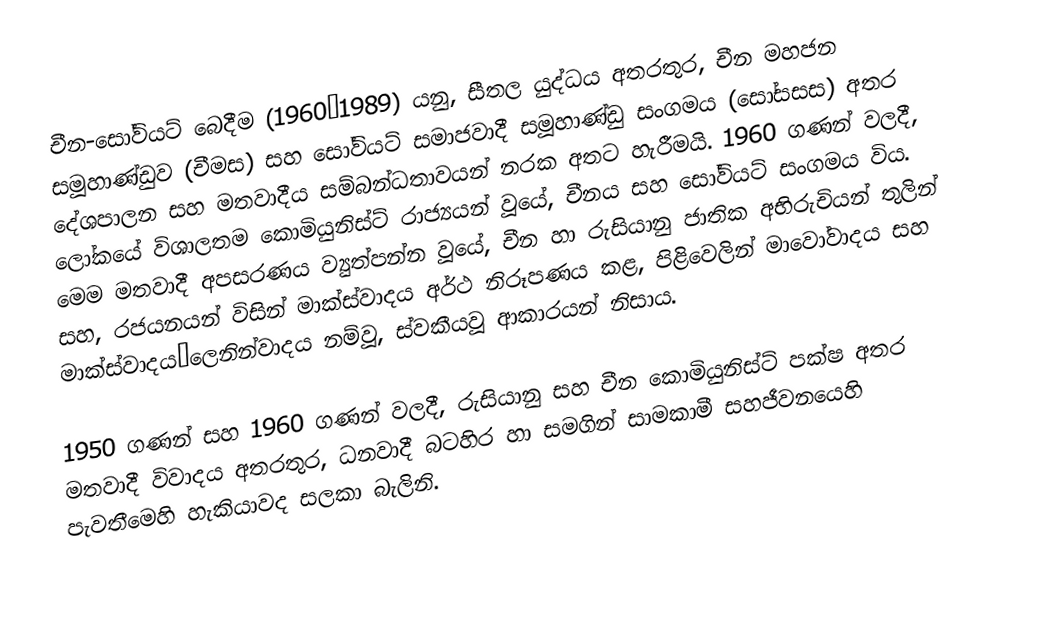
චීන-සෝවියට් බෙදීම (1960–1989) යනු, සීතල යුද්ධය අතරතුර, චීන මහජන සමූහාණ්ඩුව (චීමස) සහ  සෝවියට් සමාජවාදී සමූහාණ්ඩු සංගමය (සෝසසස) අතර දේශපාලන සහ මතවාදීය සම්බන්ධතාවයන් නරක අතට හැරීමයි. 1960 ගණන් වලදී, ලෝකයේ විශාලතම කොමියුනිස්ට් රාජ්‍යයන් වූයේ, චීනය සහ සෝවියට් සංගමය විය. මෙම මතවාදී අපසරණය  ව්‍යුත්පන්න වූයේ,  චීන හා රුසියානු  ජාතික අභිරුචියන් තුලින් සහ, රජයනයන් විසින්  මාක්ස්වාදය අර්ථ නිරූපණය කළ,  පිළිවෙලින් මාවෝවාදය සහ  මාක්ස්වාදය–ලෙනින්වාදය නම්වූ,  ස්වකීයවූ ආකාරයන් නිසාය.

1950 ගණන් සහ 1960 ගණන් වලදී, රුසියානු සහ චීන කොමියුනිස්ට් පක්ෂ අතර මතවාදී විවාදය අතරතුර,  ධනවාදී බටහිර හා සමගින් සාමකාමී සහජීවනයෙහි පැවතීමෙහි හැකියාවද සලකා බැලිනි.